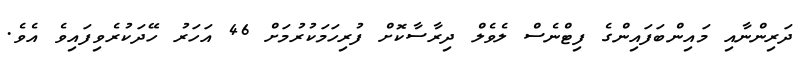
ދަރިންނާއި މައިންބަފައިންގެ ފިޓްނެސް ލެވެލް ދިރާސާކޮށް ފުރިހަމަކުރުމަށް 46 އަހަރު ހޭދަކުރެވިފައިވެ އެވެ.